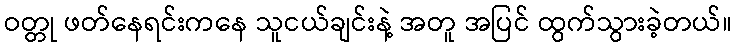
ဝတ္တု ဖတ်နေရင်းကနေ သူငယ်ချင်းနဲ့ အတူ အပြင် ထွက်သွားခဲ့တယ်။